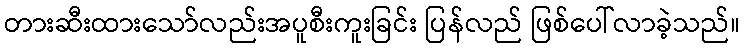
တားဆီးထားသော်လည်းအပူစီးကူးခြင်း ပြန်လည် ဖြစ်ပေါ်လာခဲ့သည်။